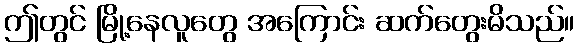
ဤတွင် မြို့နေလူတွေ အကြောင်း ဆက်တွေးမိသည်။